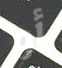
أو